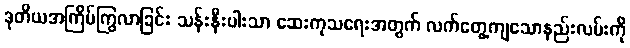
ဒုတိယအကြိမ်ကြွလာခြင်း သန်းနီးပါးသာ ဆေးကုသရေးအတွက် လက်တွေ့ကျသောနည်းလမ်းကို